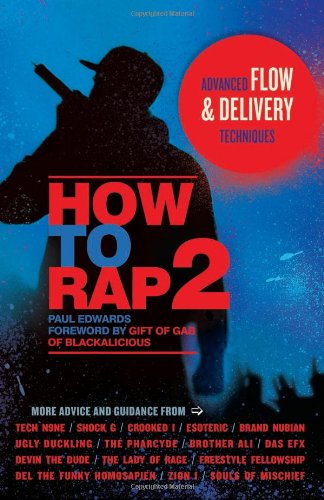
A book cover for How to Rap 2: Advanced Flow and Delivery Techniques; Paul Edwards; Arts & Photography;